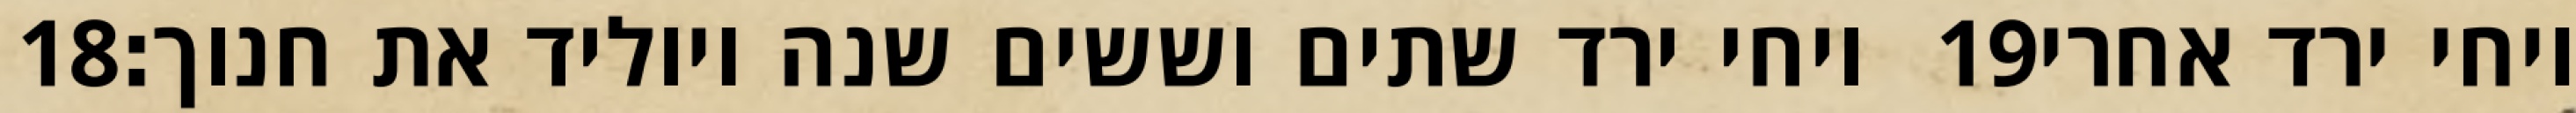
‎18‏ ויחי ירד שתים וששים שנה ויוליד את חנוך׃ ‎19‏ ויחי ירד אחרי